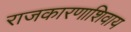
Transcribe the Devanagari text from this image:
राजकारणाशिवाय